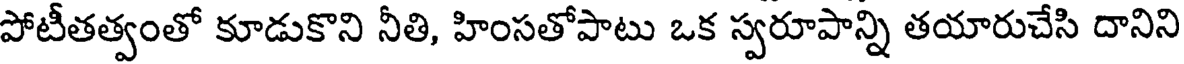
పోటీతత్వంతో కూడుకొని నీతి, హింసతోపాటు ఒక స్వరూపాన్ని తయారుచేసి దానిని